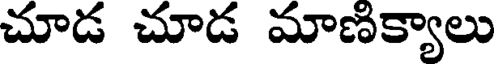
చూడ చూడ మాణిక్యాలు